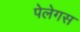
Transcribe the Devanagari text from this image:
पेलेगस